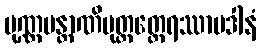
ပုဏ္ဏမန္တာဏိပုတ္တတ္ထေရဿာပဒါနံ